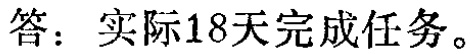
答：实际18天完成任务。